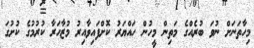
މިހާތަނަށް ނުވަ ބުރެއްގެ މަތިން މީހުން ހައްޔަރު ކޮށްފައިވާއިރު މުޒާހަރާ ކުރުމުގެ ކުށުގަ